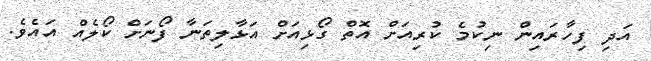
އަދި ފިހާރައިން ނިކުމެ ކުރިއަށް އޮތް ގޯޅިއަށް އަޅާލިތަނާ ފޯނަށް ކޯލެއް އައެވެ.